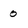
Character: 0